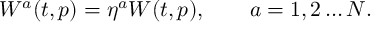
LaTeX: W ^ { a } ( t , p ) = \eta ^ { a } W ( t , p ) , \qquad a = 1 , 2 \ldots N .